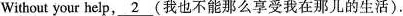
Without your help \underline{2} 我也不能那么享受我在那儿的生活).